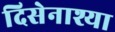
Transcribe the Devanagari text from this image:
दिसेनाश्या